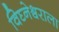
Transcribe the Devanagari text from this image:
विघ्नेश्र्वराला